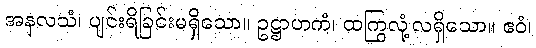
အနလသံ၊ ပျင်းရိခြင်းမရှိသော။ ဥဋ္ဌာဟကံ၊ ထကြွလုံ့လရှိသော။ ဧဝံ၊